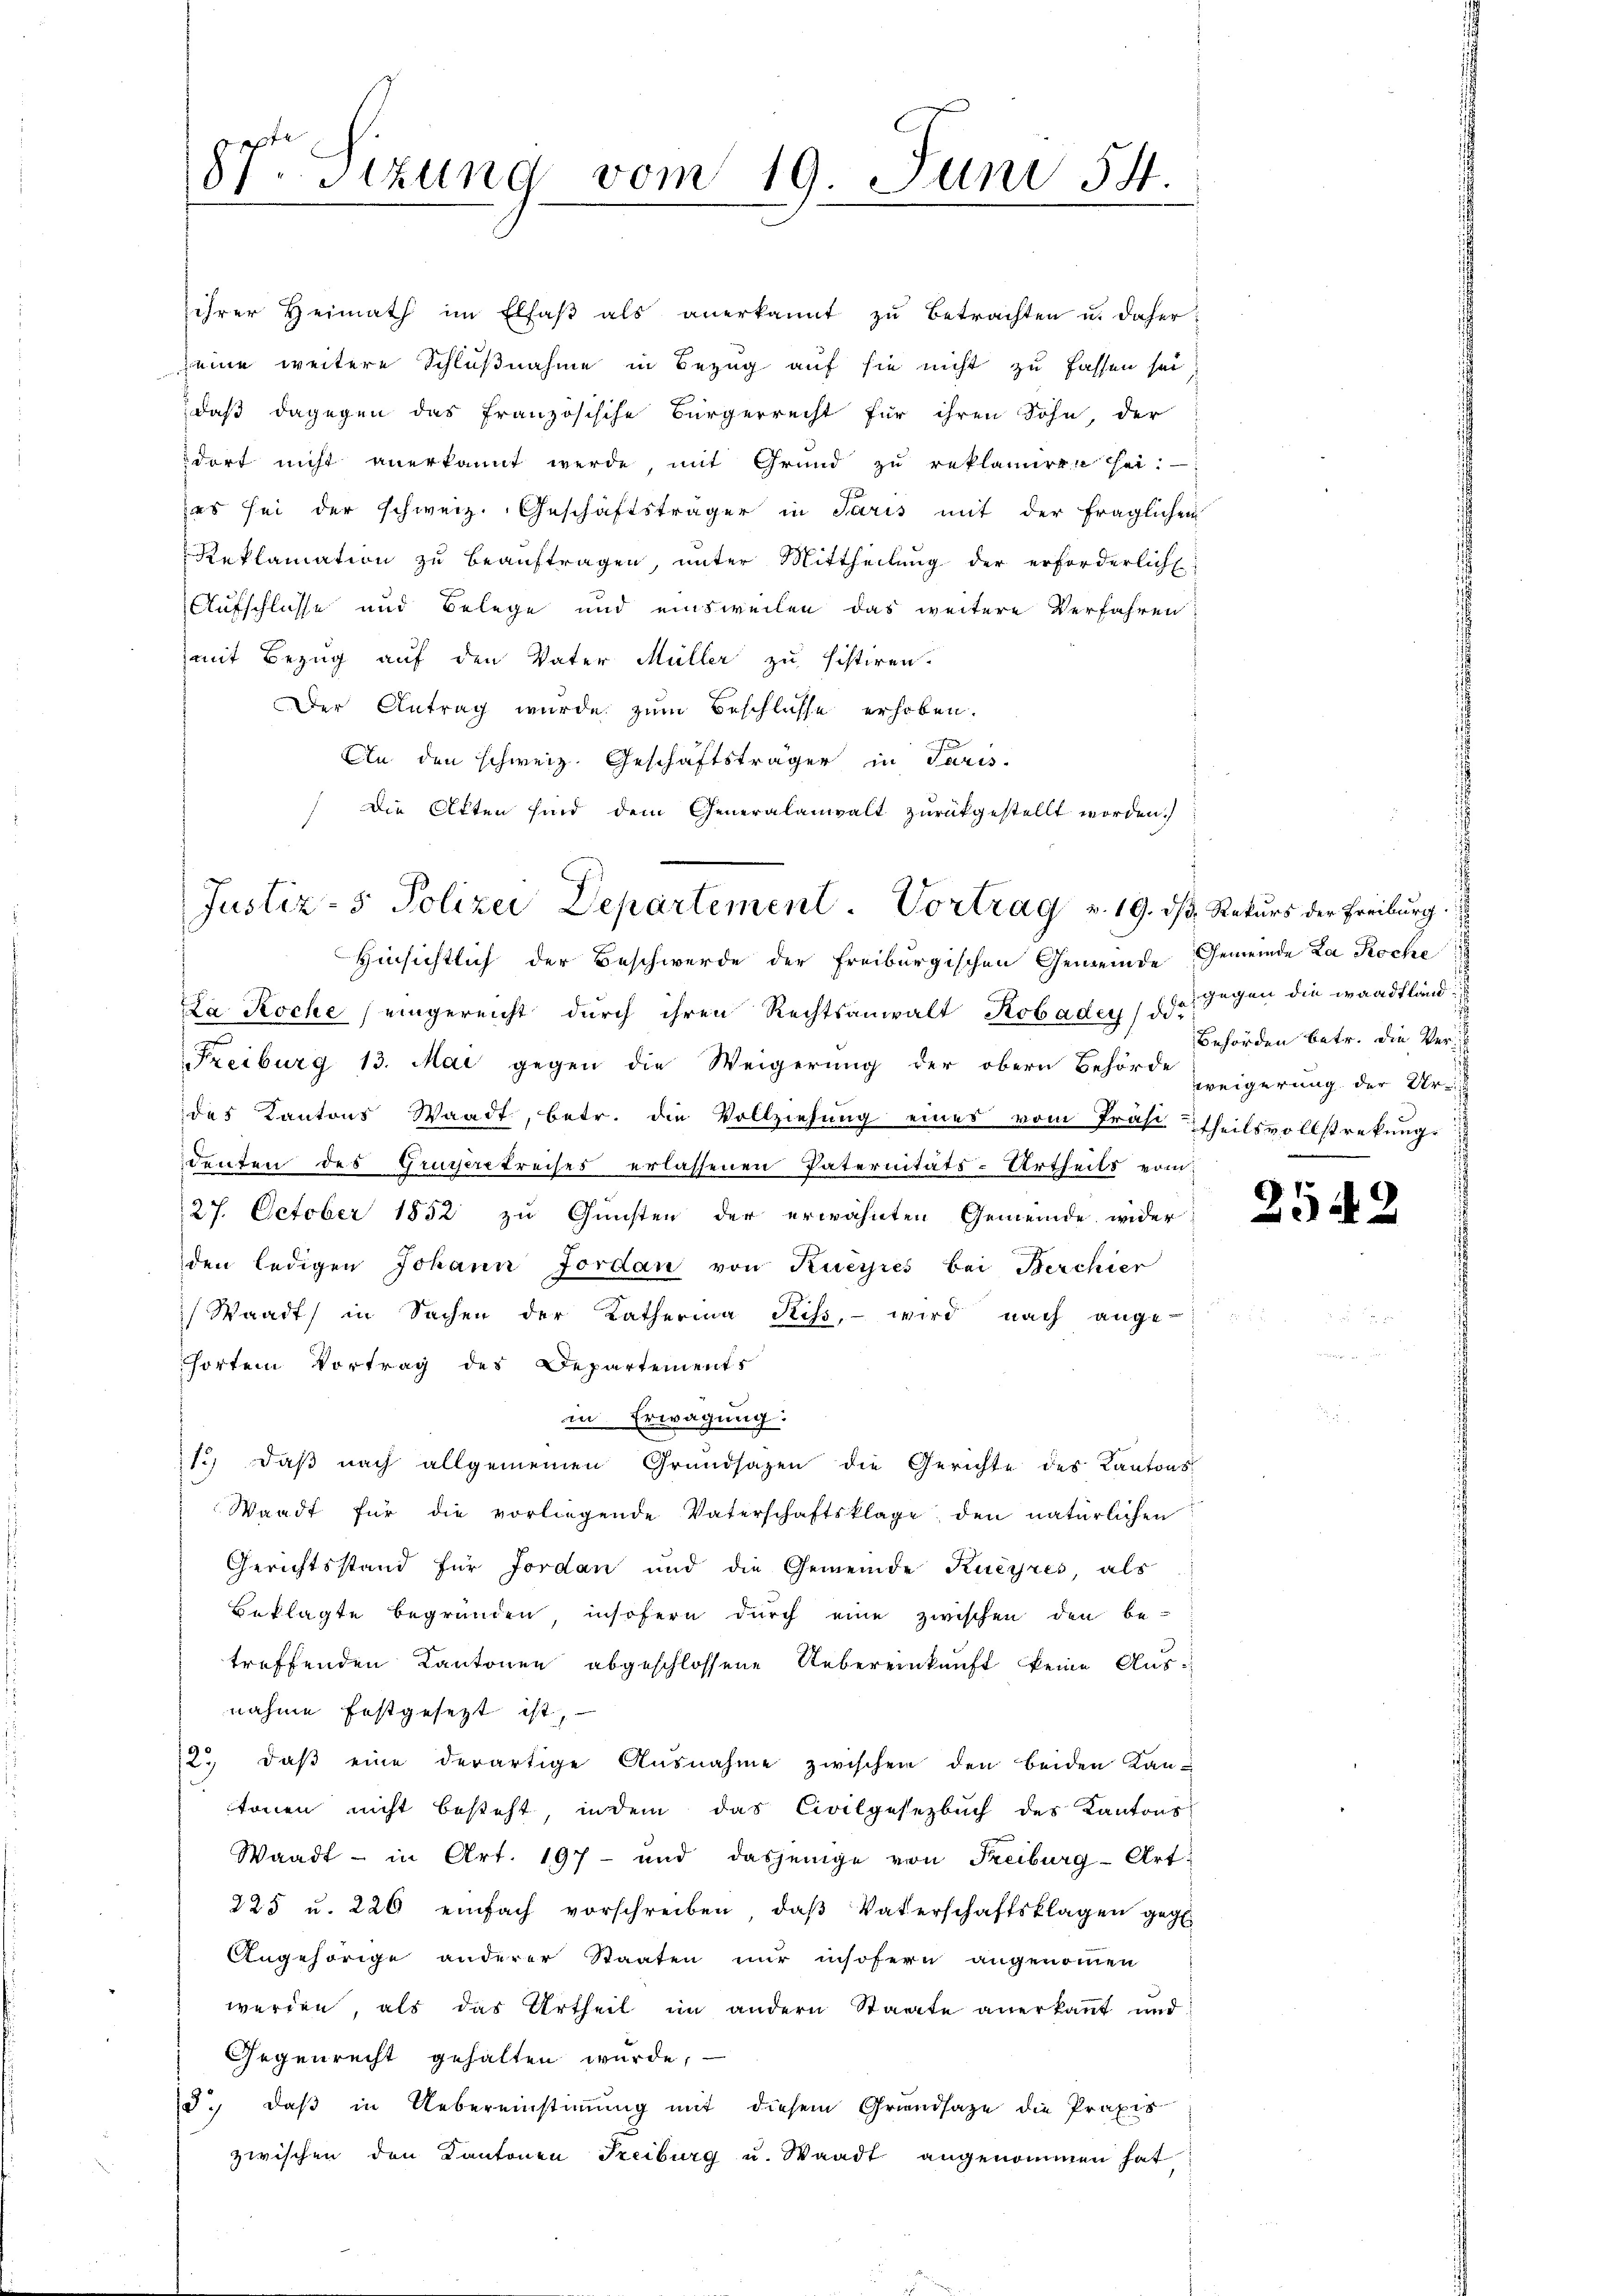
187 Sizung vom 19. Juni 54.

Aufschlüsse und Belege und einsweilen das weitere Verfahren
mit Bezug auf den Vater Müller zu sistiren.
Der Antrag wurde zum Beschlüsse erhoben.
An den schweiz. Geschäftsträger in Paris.
Die Akten sind dem Generalanwalt zurückgestellt worden.)

ihrer Heimath im Elfaβ als anerkannt zŭ betrachten u. daher
seine weitere Schlußnahme in Bezug auf sie nicht zu fassen sei
,daß dagegen das französische Bürgerrecht für ihren Sohn, der
dort nicht anerkannt werde, mit Grund zŭ reklamiren hei
es sei der schweiz. Geschäftsträger in Paris mit der fraglichen
Reklamation zŭ beaŭftragen, ŭnter Mittheilŭng der erforderliche

Justiz- & Polizei Departement. Vortrag v. 19. ds Rekurs der Freiburg.

Hinsichtlich der Beschwerde der Freiburgischen Gemeinde Gemeinde La Roche
La Roche (eingereicht durch ihren Rechtsanwalt Kobadey) die
Freiburg 13. Mai gegen die Weigerung der obern Behörde zeigerung der Urrit
des Kantons Waadt, betr. die Vollziehung eines vom Präsi Theilsvollstrekungs
denten des Grusserstreises erlassenen Paternitäts-Urtheils vom
27. October 1852 zu Gunsten der erwähnten Gemeinde wider
den ledigen Johann Jordan von Kueyres bei Berchier
) Waadt in Sachen der Katherina Riss, wird nach ange-
hörten Vortrag des Departements
in Erwägung:
13. daβ nach allgemeinen Grundsazen die Gerichte des Kantons
Waadt für die vorliegende Vaterschaftsklage den natürlichen
Gerichtsstand für Jordan und die Gemeinde Kueyres, als
Beklagte begründen, insofern durch eine zwischen den be-
treffenden Kantonen abgeschlossene Uebereinkunft keine Ausnahme festgesezt ist,
2., daß eine derartige Ausnahme zwischen den beiden Kan-
tönen nicht besteht, indem das Civilgesetzbuch des Kantons
Waadt - in Art. 197- und dasjenige von Freiburg-Art.
225 u. 226 einfach vorschreiben, daβ Vaterschaftsklagen geg
Angehörige anderer Staaten nur insofern angenommen
werden, als das Urtheil im andern Staate anerkannt und
Gegenrecht gehalten wurde,
d.) daß in Uebereinstimmung mit diesem Grundsaze die Praxis
zwischen den Kantonen Freiburg u. Waadt angenommen hat

gegen die waadtland:
Behörden betr. die Ver¬

25